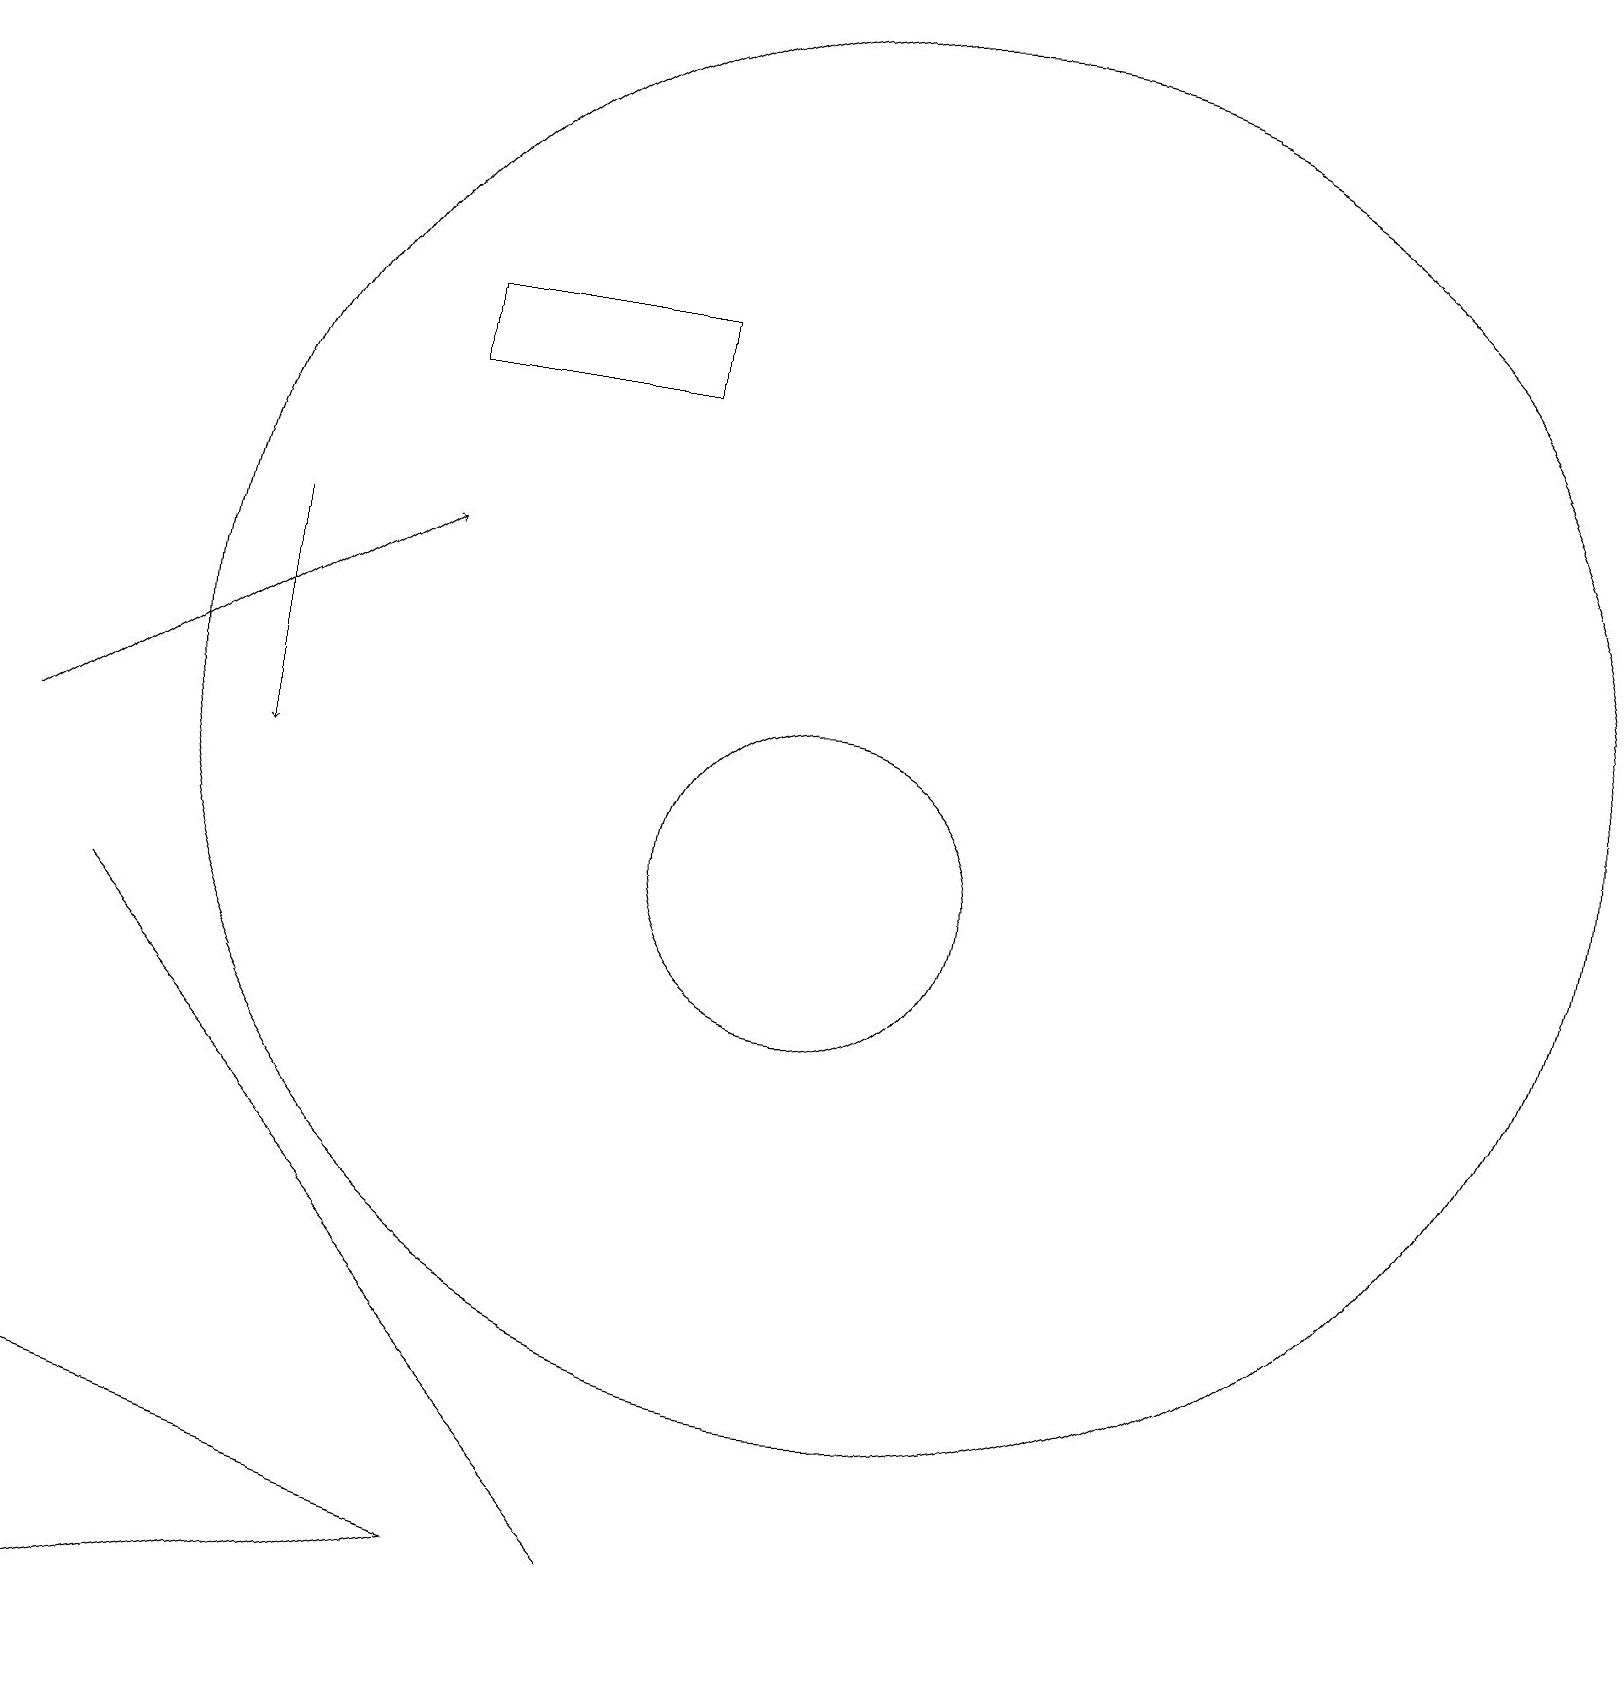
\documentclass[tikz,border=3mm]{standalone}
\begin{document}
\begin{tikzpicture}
\draw[->] (3,14) -- (3,11);
\draw (0,3) -- (1,0) -- (6,1) -- cycle;
\draw (8,1) -- (1,9) -- (8,1) -- cycle;
\draw (11,12) circle (9);
\draw (10,10) circle (2);
\draw[->] (0,11) -- (5,14);
\draw (8,16) rectangle (5,17);
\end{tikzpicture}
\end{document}